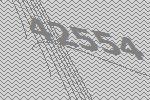
42554